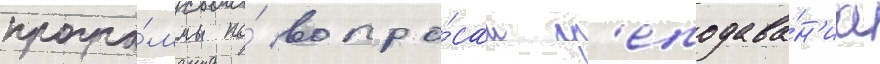
програ́ммы по́ вопро́сам пр'еподава́н'иа